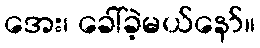
အေး၊ ခေါ်ခဲ့မယ်နော်။